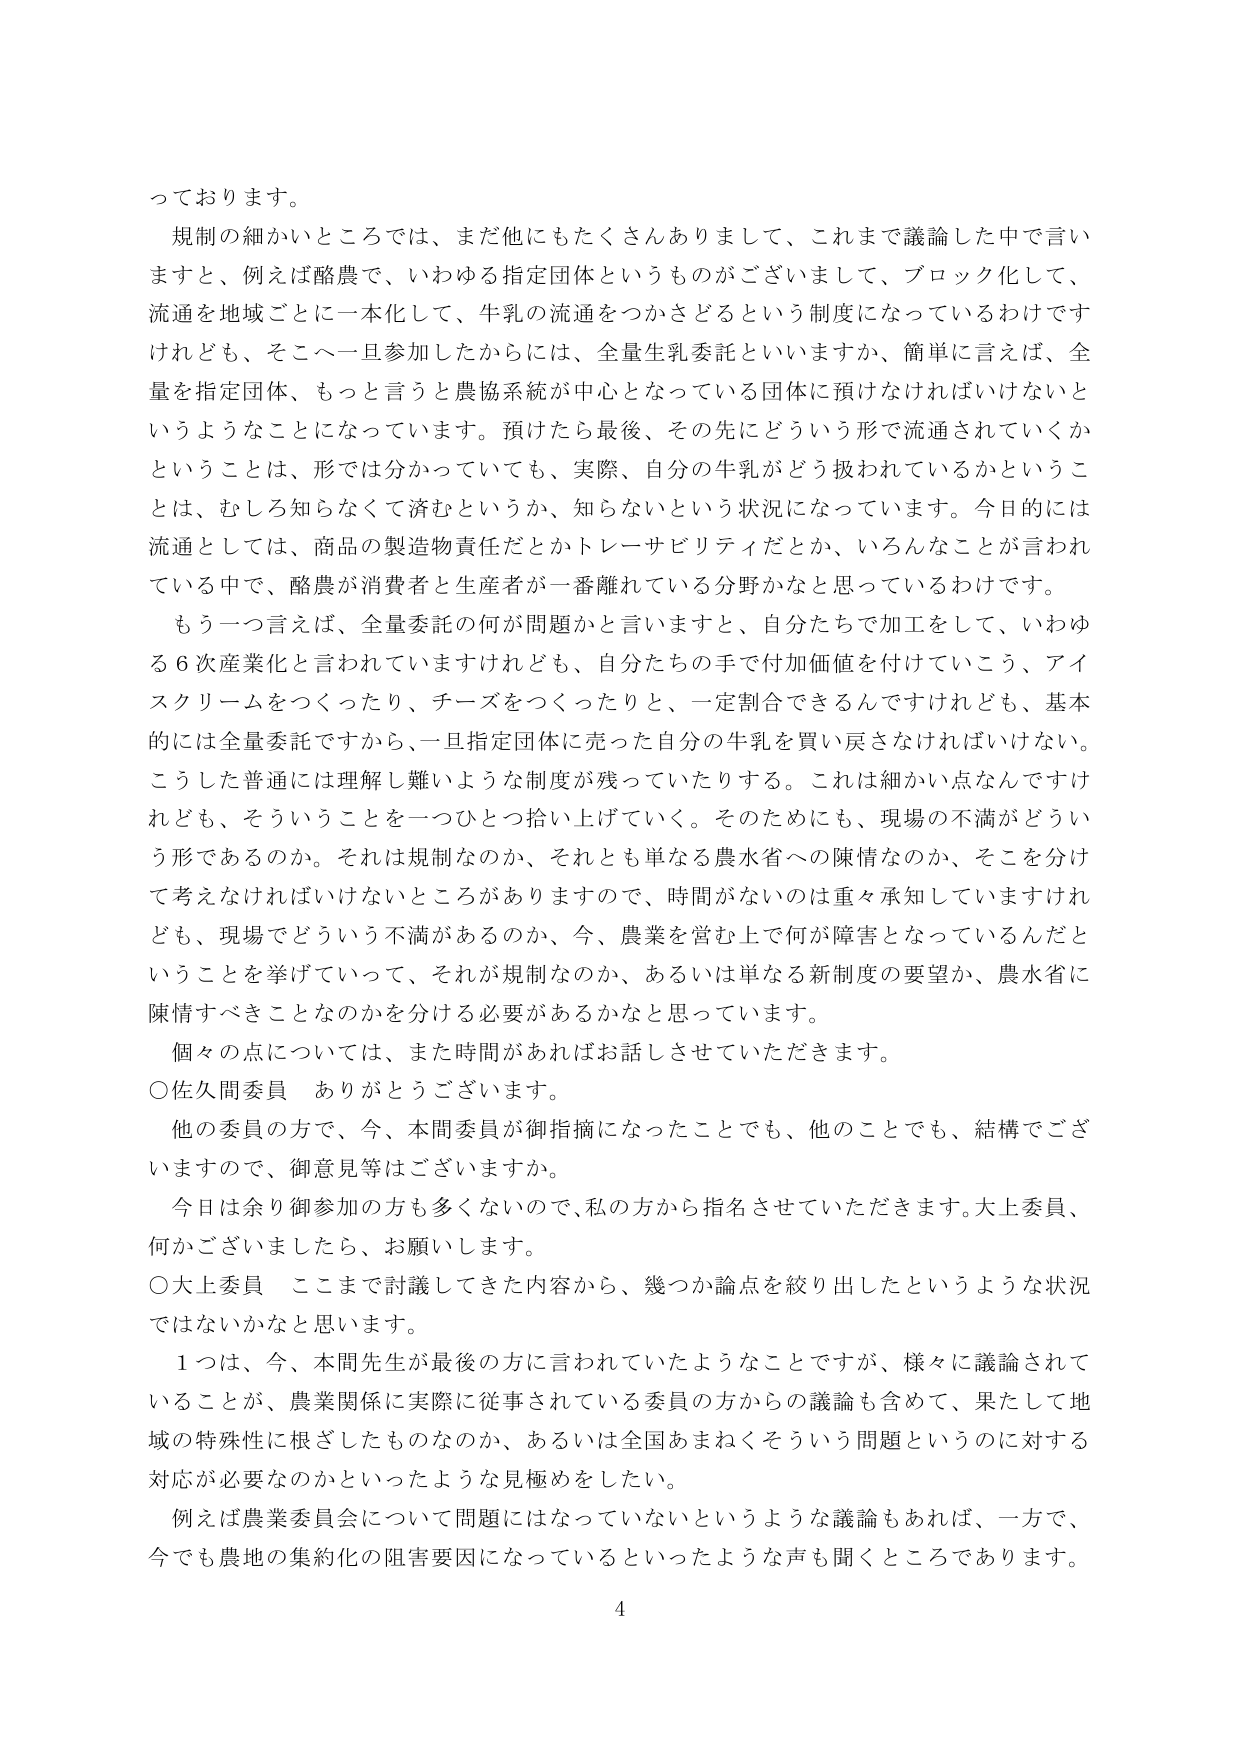
っております。
規制の細かいところでは、まだ他にもたくさんありまして、これまで議論した中で言いますと、例えば酪農で、いわゆる指定団体というものがございまして、ブロック化して、流通を地域ごとに一本化して、牛乳の流通をつかさどるという制度になっているわけですが、そこへ一旦参加したからには、全量生乳委託といいますか、簡単に言えば、全量を指定団体、もっと言うと農協系統が中心となっている団体に預けなければならないということになっています。預けたら最後、その先にどういう形で流通されていくかということは、形では分かっていても、実際、自分の牛乳がどう扱われているかということは、むしろ知らなくて済むというか、知らないという状況になっています。今日的には流通としては、商品の製造物責任だとかトレーサビリティだとか、いろんなことが言われている中で、酪農が消費者と生産者が一番離れている分野かなと思っているわけです。
もう一つ言えば、全量委託の何が問題かと言いますと、自分たちで加工をして、いわゆる６次産業化と言われていますけれども、自分たちの手で付加価値を付けていこう、アイスクリームをつくったり、チーズをつくったりと、一定割合できるんですけれども、基本的には全量委託ですから、一旦指定団体に売った自分の牛乳を買い戻さなければいけない。こうした普通には理解し難いような制度が残っていたりする。これは細かい点なんですけれども、そういうことを一つひとつ拾い上げていく。そのためにも、現場の不満がどういう形であるのか。それは規制なのか、それとも単なる農水省への陳情なのか、そこを分けて考えなければならないところがありますので、時間がないのは重々承知していますけれども、現場でどういう不満があるのか、今、農業を営む上で何が障害となっているんだということを挙げていって、それが規制なのか、あるいは単なる新制度の要望か、農水省に陳情すべきことなのかを分ける必要があるかなと思っています。
個々の点については、また時間があればお話しさせていただきます。
○佐久間委員　ありがとうございます。
他の委員の方で、今、本間委員が御指摘になったことでも、他のことでも、結構でございますので、御意見等はございますか。
今日は余り御参加の方も多くないので、私の方から指名させていただきます。大上委員、何かございましたら、お願いします。
○大上委員　ここまで討議してきた内容から、幾つか論点を絞り出したというような状況ではないかなと思います。
１つは、今、本間先生が最後の方に言われていたようなことですが、様々に議論されていることが、農業関係に実際に従事されている委員の方からの議論も含めて、果たして地域の特殊性に根ざしたものなのか、あるいは全国あまねくそういう問題というのに対する対応が必要なのかといったような見極めをしたい。
例えば農業委員会について問題にはなっていないというような議論もあれば、一方で、今でも農地の集約化の阻害要因になっているといったような声も聞くところであります。
4